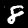
Digit: 8